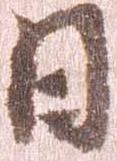
日